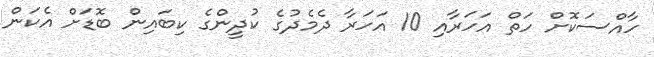
ހާއްސަކޮށް ހަތް އަހަރާއި 10 އަހަރާ ދެމެދުގެ ކުދީންގެ ކިބައިން ބޮޑަށް އެކަން